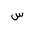
Letter: _sin